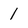
Character: 1